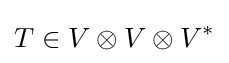
T\in V\otimes V\otimes V^{*}